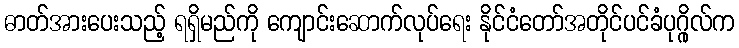
ဓာတ်အားပေးသည့် ရရှိမည်ကို ကျောင်းဆောက်လုပ်ရေး နိုင်ငံတော်အတိုင်ပင်ခံပုဂ္ဂိုလ်က